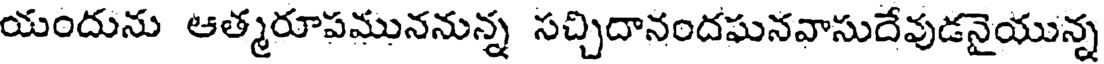
యందును ఆత్మరూపముననున్న సచ్చిదానందఘనవాసుదేవుడనైయున్న